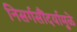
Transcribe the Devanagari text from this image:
निसर्गसौंदर्यामुळे